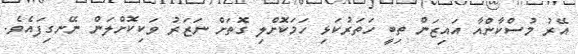
އޭރު މުސްކާންއާ އައިޒަން ތިބީ ހަތަރުކަޅި ހަމަކޮށްލި ގޮތަށް ނަޒަރު ވަކިކޮށްލަން ނޭނގިފައެވެ.